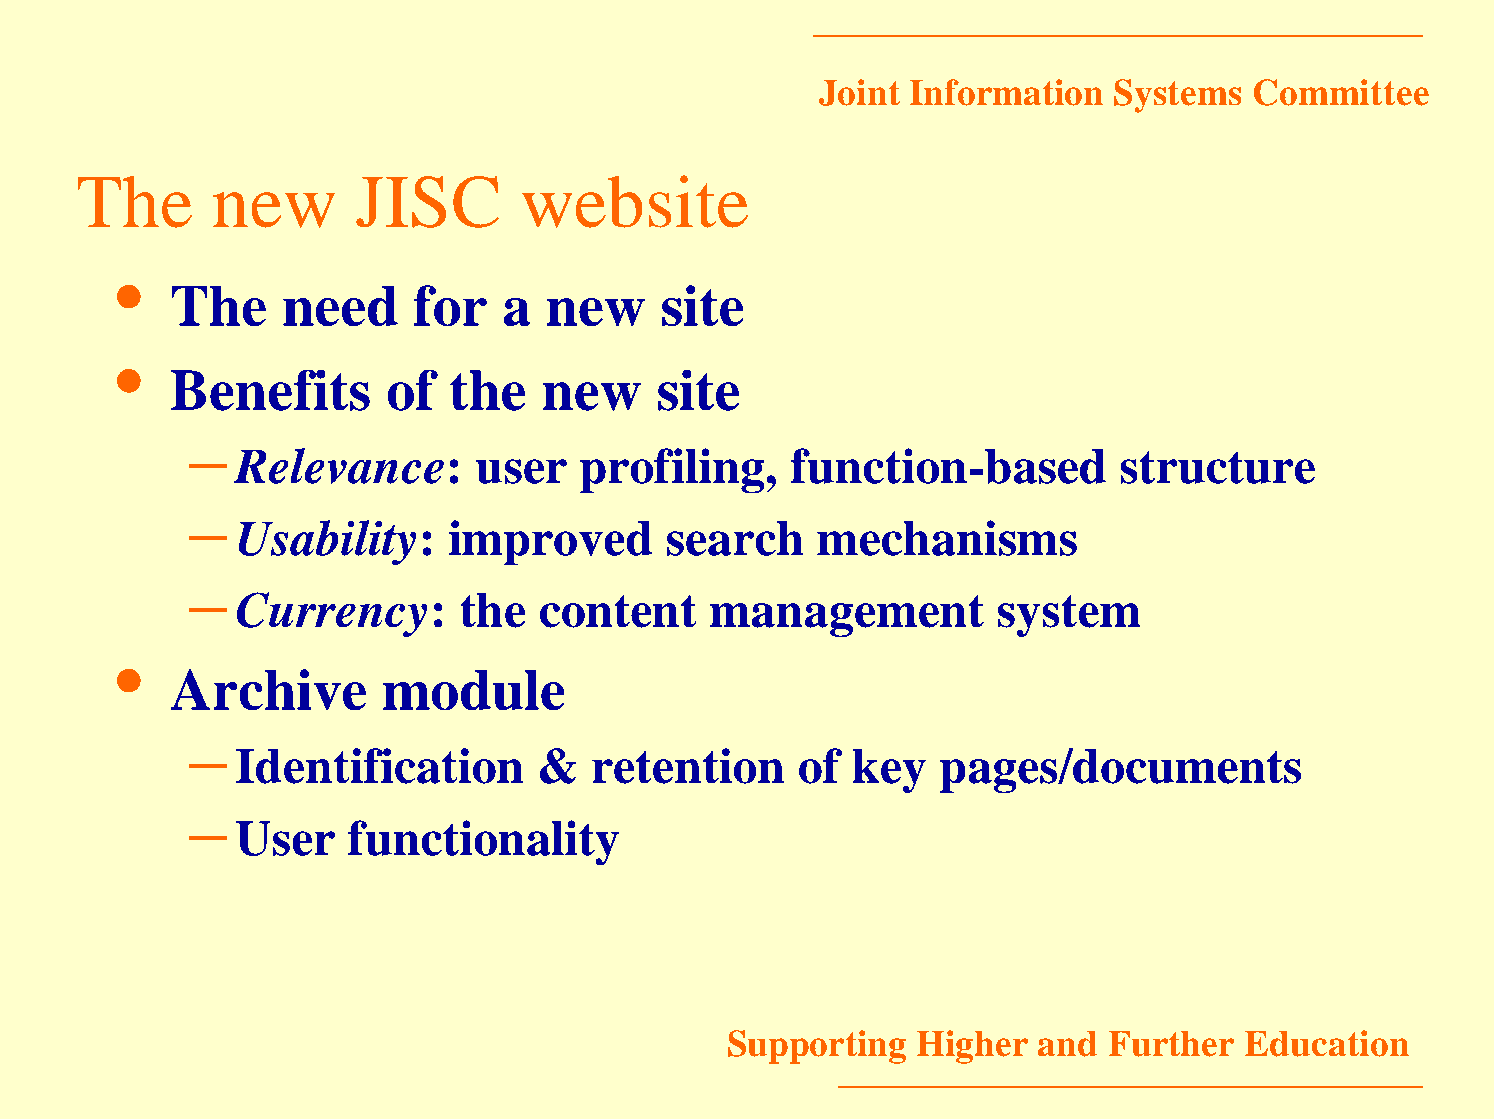
Joint Information   Systems  Committee
 The      new       JISC       website
 •
 The     need    for   a  new     site
 •
 Benefits       of  the   new     site
 –
 Relevance:      user  profiling,    function-based        structure
 –
 Usability:    improved      search    mechanisms
 –
 Currency:      the  content    management         system
 •
 Archive       module
 –
 Identification      &  retention     of key   pages/documents
 –
 User   functionality
 Supporting   Higher  and Further  Education
 4